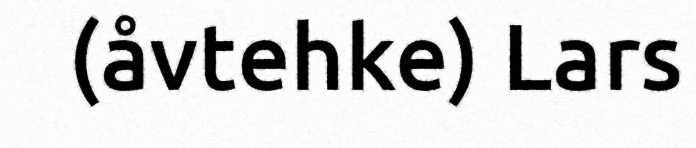
(åvtehke) Lars